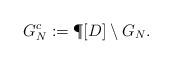
LaTeX: \begin{align*} G_N^c:=\P[D]\setminus G_N.\end{align*}